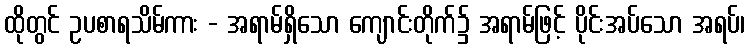
ထိုတွင် ဥပစာရသိမ်ကား - အရာမ်ရှိသော ကျောင်းတိုက်၌ အရာမ်ဖြင့် ပိုင်းအပ်သော အရပ်၊